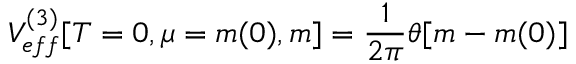
V _ { e f f } ^ { ( 3 ) } [ T = 0 , \mu = m ( 0 ) , m ] = \frac { 1 } { 2 \pi } \theta [ m - m ( 0 ) ]